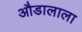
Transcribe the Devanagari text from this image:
औडालाला